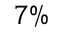
7 \%